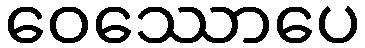
ဝေဿောပေ